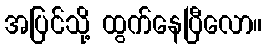
အပြင်သို့ ထွက်နေပြီလော။